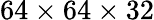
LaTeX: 64\times 64\times 32